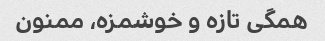
همگی تازه و خوشمزه، ممنون